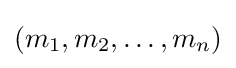
(m_{1},m_{2},\dots ,m_{n})